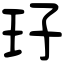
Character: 㺭